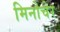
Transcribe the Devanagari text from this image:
मिनोचेर